Document type: Sale
Year: 1440
Scribe: Pere Pau Pujades
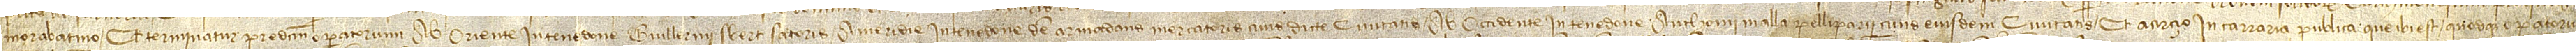
morabatino. Et terminatur predictum operatorium ab oriente in tenedone Guillermi Sbert, sartoris; a meridie in tenedone d’en Armadans, mercatoris, civis dicte civitatis; ab occidente in tenedone Anthonii Malla, pelliparii, civis eiusdem civitatis; et a cirçio in carraria publica que ibi est. Quodque operatorium